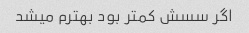
اگر سسش کمتر بود بهترم میشد